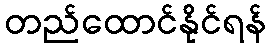
တည်ထောင်နိုင်ရန်